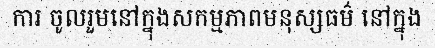
ការ ចូលរួមនៅក្នុងសកម្មភាពមនុស្សធម៌ នៅក្នុង